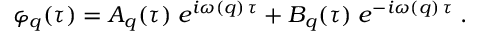
\varphi _ { q } ( \tau ) = A _ { q } ( \tau ) \; e ^ { i \omega ( q ) \, \tau } + B _ { q } ( \tau ) \; e ^ { - i \omega ( q ) \, \tau } \; .